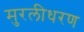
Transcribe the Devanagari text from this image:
मुरलीधरण